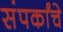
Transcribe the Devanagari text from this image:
संपर्कांचे